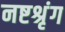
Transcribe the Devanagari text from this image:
नष्टश्रृंग